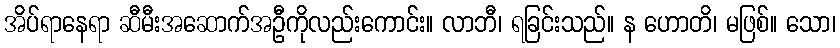
အိပ်ရာနေရာ ဆီမီးအဆောက်အဦကိုလည်းကောင်း။ လာဘီ၊ ရခြင်းသည်။ န ဟောတိ၊ မဖြစ်။ သော၊